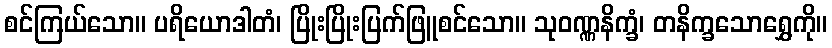
စင်ကြယ်သော။ ပရိယောဒါတံ၊ ပြိုးပြိုးပြက်ဖြူစင်သော။ သုဝဏ္ဏနိက္ခံ၊ တနိက္ခသောရွှေကို။